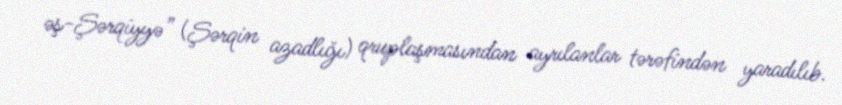
əş-Şərqiyyə” (Şərqin azadlığı) qruplaşmasından ayrılanlar tərəfindən yaradılıb.